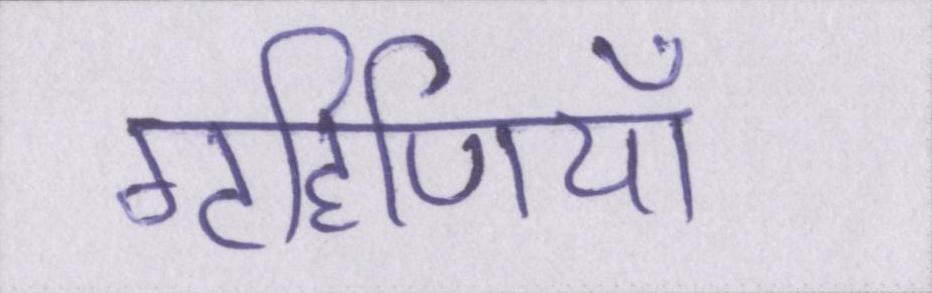
गृहिणियाँ